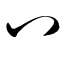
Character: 八